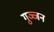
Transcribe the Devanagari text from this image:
गुञ्जन